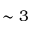
\sim 3